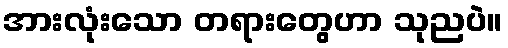
အားလုံးသော တရားတွေဟာ သုညပဲ။